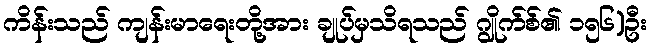
ကိန်းသည် ကျန်းမာရေးတို့အား ချုပ်မှသိရသည် ဂျွိုက်စ်၏ ၁၅၆)ဦး